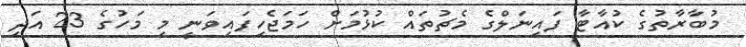
މުބާރާތުގެ ކުއާޓާ ފައިނަލްގެ މެޗުތައް ކުޅުމަށް ހަމަޖެހިފައިވަނީ މި މަހުގެ 23 އަދި